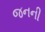
જનની